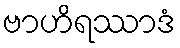
ဗာဟိရဿာဒံ